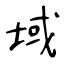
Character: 域